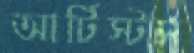
আর্টিস্টস